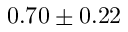
0 . 7 0 \pm 0 . 2 2